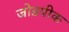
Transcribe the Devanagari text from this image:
जोडपीक